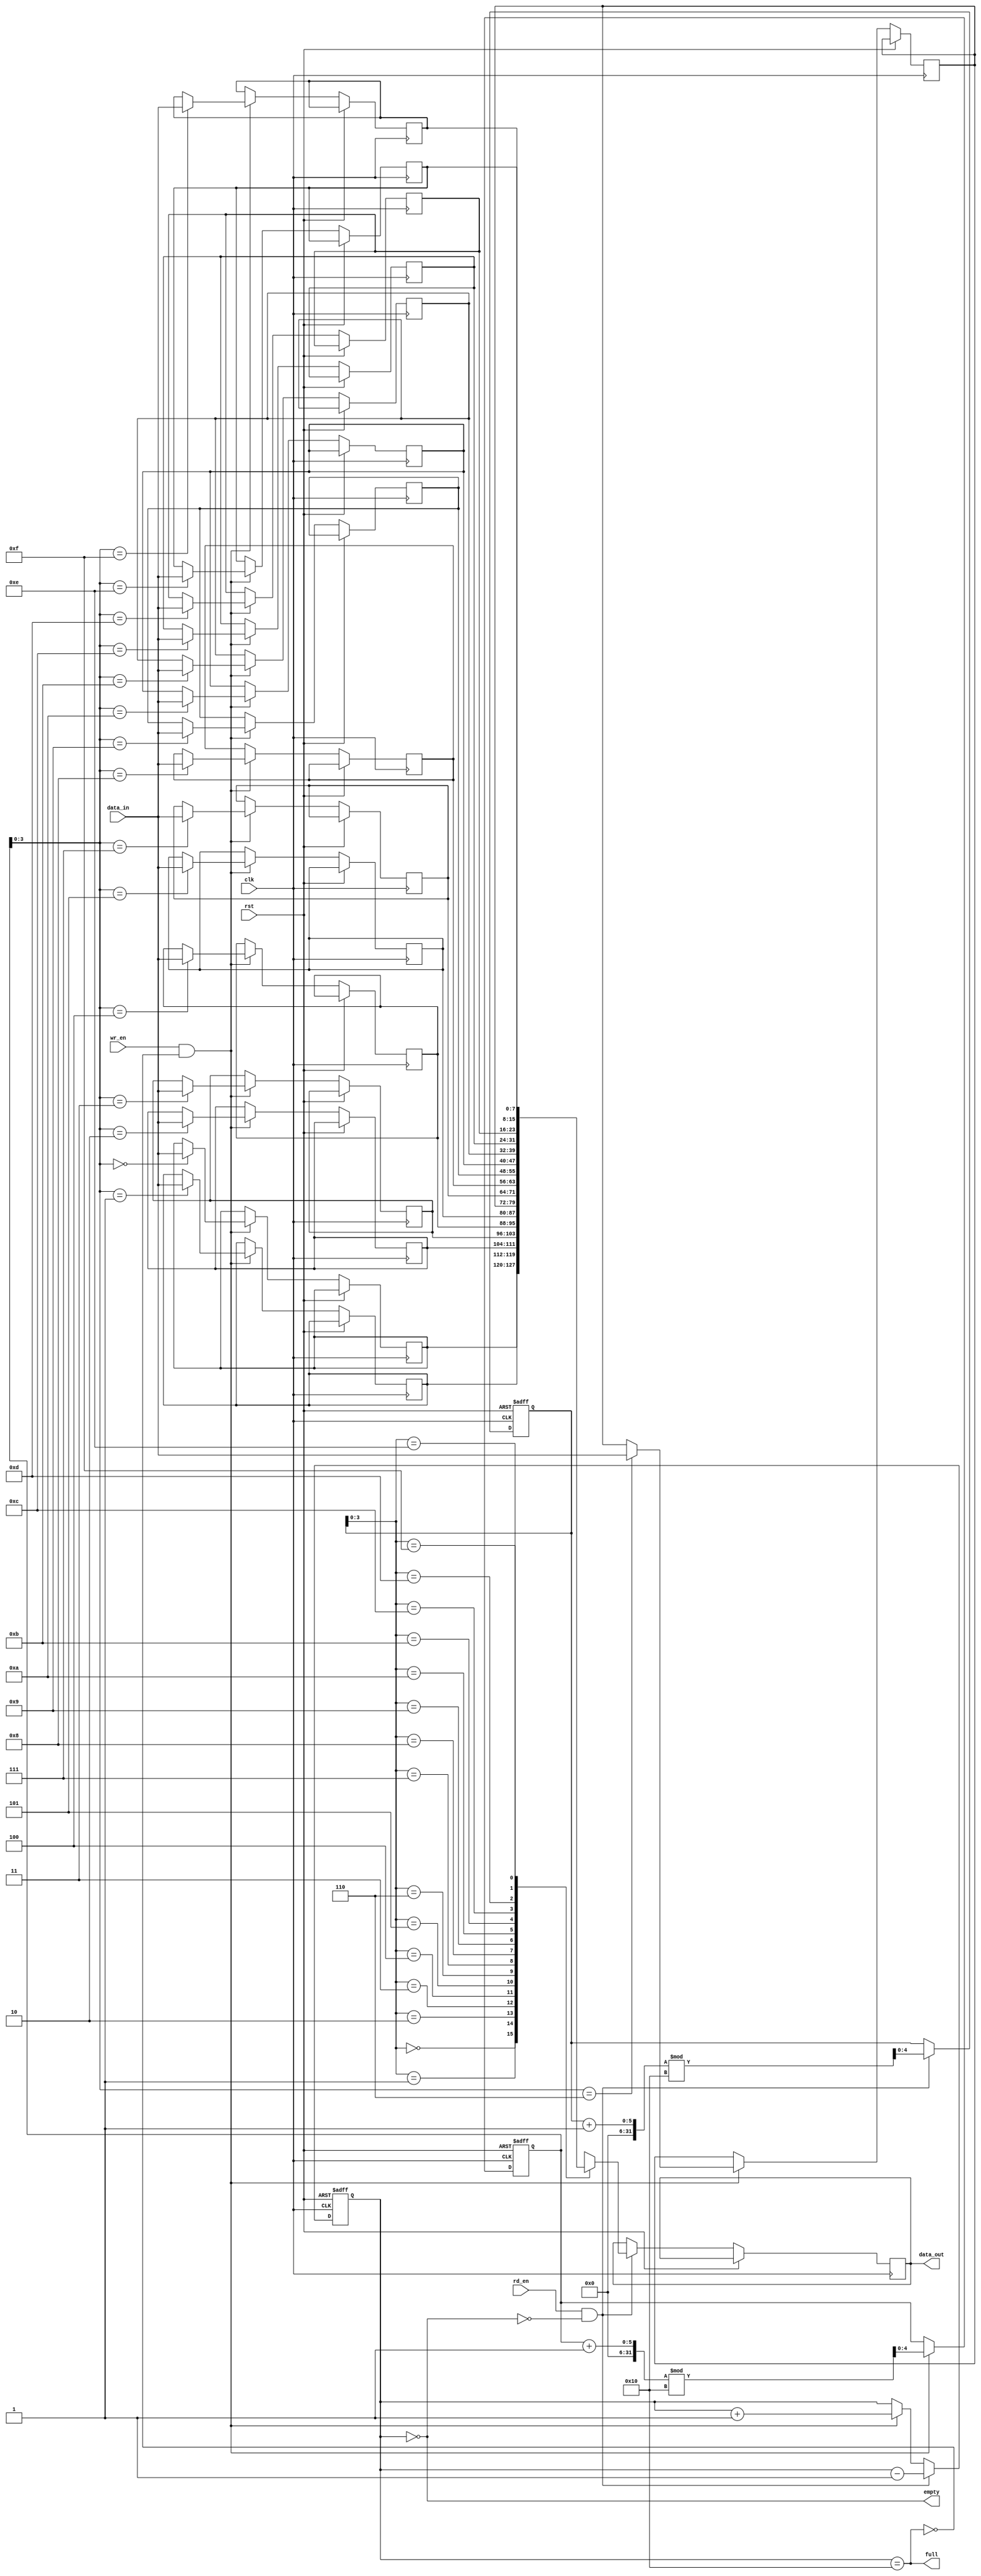
module fifo (
  input wire clk,
  input wire rst,
  input wire wr_en,
  input wire rd_en,
  input wire [DATA_WIDTH-1:0] data_in,
  output wire [DATA_WIDTH-1:0] data_out,
  output wire full,
  output wire empty
);

parameter DATA_WIDTH = 8;
parameter FIFO_DEPTH = 16;

reg [DATA_WIDTH-1:0] memory [0:FIFO_DEPTH-1];
reg [4:0] wr_ptr;
reg [4:0] rd_ptr;
reg [4:0] count;

always @ (posedge clk or posedge rst) begin
  if (rst) begin
    wr_ptr <= 5'b0;
    rd_ptr <= 5'b0;
    count <= 5'b0;
  end else begin
    if (wr_en && ~full) begin
      memory[wr_ptr] <= data_in;
      wr_ptr <= (wr_ptr + 1) % FIFO_DEPTH;
      count <= count + 1;
    end

    if (rd_en && ~empty) begin
      data_out <= memory[rd_ptr];
      rd_ptr <= (rd_ptr + 1) % FIFO_DEPTH;
      count <= count - 1;
    end
  end
end

assign full = (count == FIFO_DEPTH);
assign empty = (count == 0);

endmodule